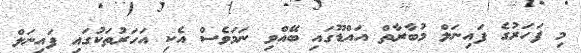
މި ފަހަރުގެ ފައިނަލް މުބާރާތް އައްޑޫގައި ބޭއްވި ނަމަވެސް އެކި އަހަރުތަކުގައި ފައިނަލް